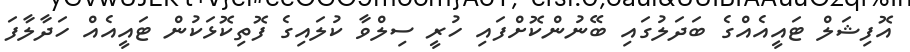
އޮފިޝަލް ޓައީއެއްގެ ބަދަލުގައި ބޭނުންކޮށްފައި ހުރީ ސިލްވާ ކުލައިގެ ފޮތިކޮޅަކުން ޓައީއެއް ހަދާލާފަ